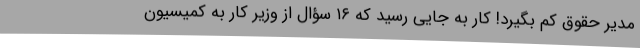
مدیر حقوق کم بگیرد! کار به جایی رسید که ۱۶ سؤال از وزیر کار به کمیسیون